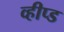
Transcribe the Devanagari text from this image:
व्हीप्ड